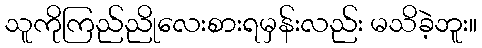
သူကိုကြည်ညိုလေးစားရမှန်းလည်း မသိခဲ့ဘူး။